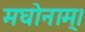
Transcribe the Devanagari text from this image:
मघोनाम्।